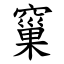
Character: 窼